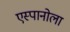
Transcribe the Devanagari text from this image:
एस्पानोला